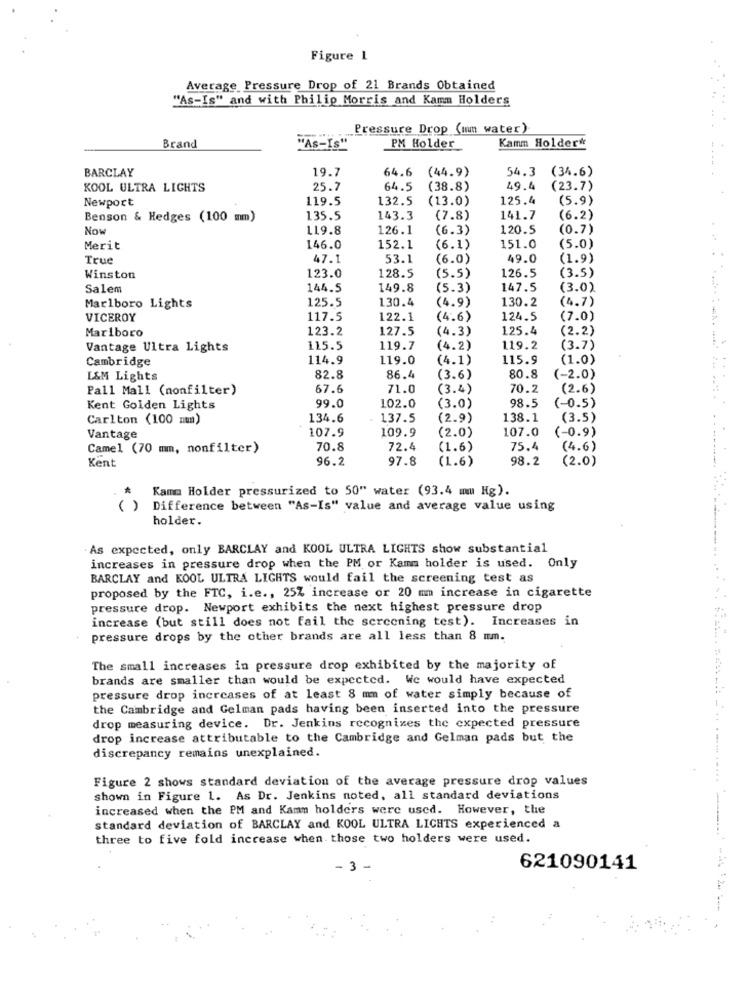
Figure 1
Average Pressure Drop of 21 Brands Obtained
"As-Is" and with Philip Morris and Kamm Holders
Pressure Drop (mm water)
Brand
Kamm Holder*
"As-Is"
PM Holder
BARCLAY
19.7
64.6 (44.9)
54.3 (34.6)
KOOL ULTRA LIGHTS
25.7
64.5
(38.8)
49.4
(23.7)
Newport
119.5
132.5
(13.0)
125.4
(5.9)
Benson & Hedges (100 mm)
135.5
143.3
(7.8)
141.7
(6.2)
Now
119.8
126.1
(6.3)
120.5
(0.7)
Merit
146.0
152.1
(6.1)
151.0
(5.0)
True
47.1
53.1
(6.0)
49.0
(1.9)
Winston
123.0
128.5
( 5.5 )
126.5
(3.5)
Salem
144.5
149.8
(5.3)
147.5
(3.0)
125.5
130.4
(4.9)
130.2
(4.7)
Marlboro Lights
VICEROY
117.5
122.1
(4.6)
124.5
(7.0)
Marlboro
123.2
127.5
(4.3)
125.4
(2.2)
Vantage Ultra Lights
115.5
119.7
(4.2)
119.2
(3.7)
Cambridge
114.9
119.0
(4.1)
115.9
(1.0)
L&M Lights
82.8
86.4
(3.6)
80.8
(-2.0)
Pall Mall (nonfilter)
67.6
71.0
(3.4)
70.2
(2.6)
98.5
Kent Golden Lights
99.0
102.0
(3.0)
(-0.5)
Carlton (100 nun)
134.6
137.5
(2.9)
138.1
(3.5)
107.9
109.9
107.0
(-0.9)
Vantage
(2.0)
Camel (70 mm, nonfilter)
70.8
72.4
(1.6)
75.4
(4.6)
Kent
96.2
97.8
(1.6)
98.2
(2.0)
Kamm Holder pressurized to 50" water (93.4 mu Hg).
( )
Difference between "As-Is" value and average value using
holder.
. As expected, only BARCLAY and KOOL ULTRA LIGHTS show substantial
...
increases in pressure drop when the PM or Kamm holder is used. Only
BARCLAY and KOOL ULTRA LIGHTS would fail the screening test as
proposed by the FTC, i.e ., 25% increase or 20 mm increase in cigarette
pressure drop. Newport exhibits the next highest pressure drop
increase (but still does not fail the screening test). Increases in
pressure drops by the other brands are all less than 8 mm.
The small increases in pressure drop exhibited by the majority of
brands are smaller than would be expected. We would have expected
pressure drop increases of at least 8 mm of water simply because of
the Cambridge and Gelman pads having been inserted into the pressure
drop measuring device. Dr. Jenkins recognizes the expected pressure
drop increase attributable to the Cambridge and Gelman pads but the
discrepancy remains unexplained.
Figure 2 shows standard deviation of the average pressure drop values
shown in Figure 1. As Dr. Jenkins noted, all standard deviations
increased when the PM and Kamm holders were used. However, the
standard deviation of BARCLAY and KOOL ULTRA LICHTS experienced a
three to five fold increase when those two holders were used.
- 3 -
621090141